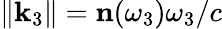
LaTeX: \| \mathbf{k}_{3}\| =\mathbf{n}(\omega_{3})\omega_{3}/c